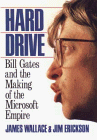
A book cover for Hard Drive: Bill Gates and the Making of the Microsoft Empire; James Wallace; Computers & Technology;